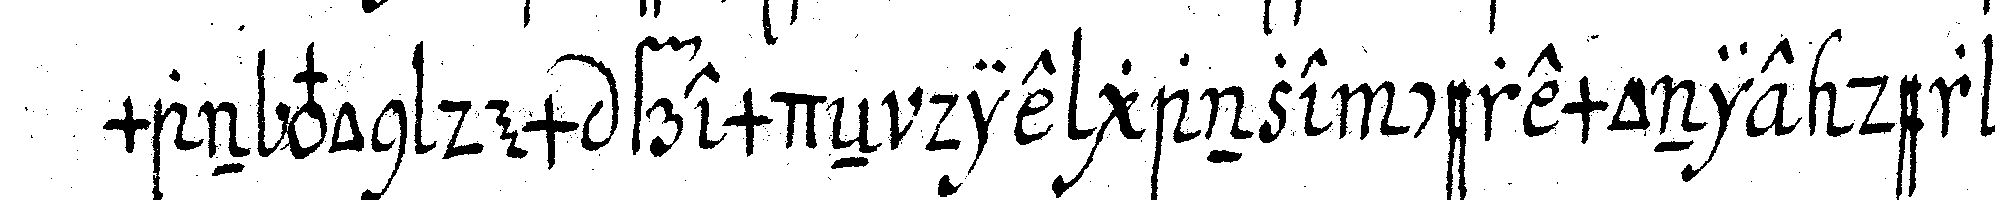
man von dem fremdeN die ganze ceremonie der re